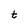
Character: t